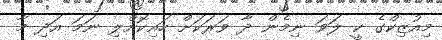
މިއުޒިކްގެ ކީ ލަވަ ނިމެން ދާ ވަރަކަށް ހައިކޮށްލި ނަމަ އަދި މާ